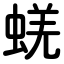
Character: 蜣